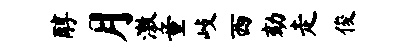
醇月激童歧西劾走俊